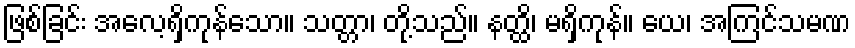
ဖြစ်ခြင်း အလေ့ရှိကုန်သော။ သတ္တာ၊ တို့သည်။ နတ္ထိ၊ မရှိကုန်။ ယေ၊ အကြင်သမဏ